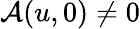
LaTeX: \mathcal{A}(u,0)\neq 0